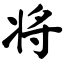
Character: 将